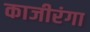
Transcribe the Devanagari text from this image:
काजीरंगा